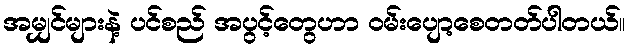
အမျှင်များနဲ့ ပင်စည် အပွင့်တွေဟာ ဝမ်းပျော့စေတတ်ပါတယ်။